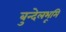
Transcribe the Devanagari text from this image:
बुन्देलभूमि